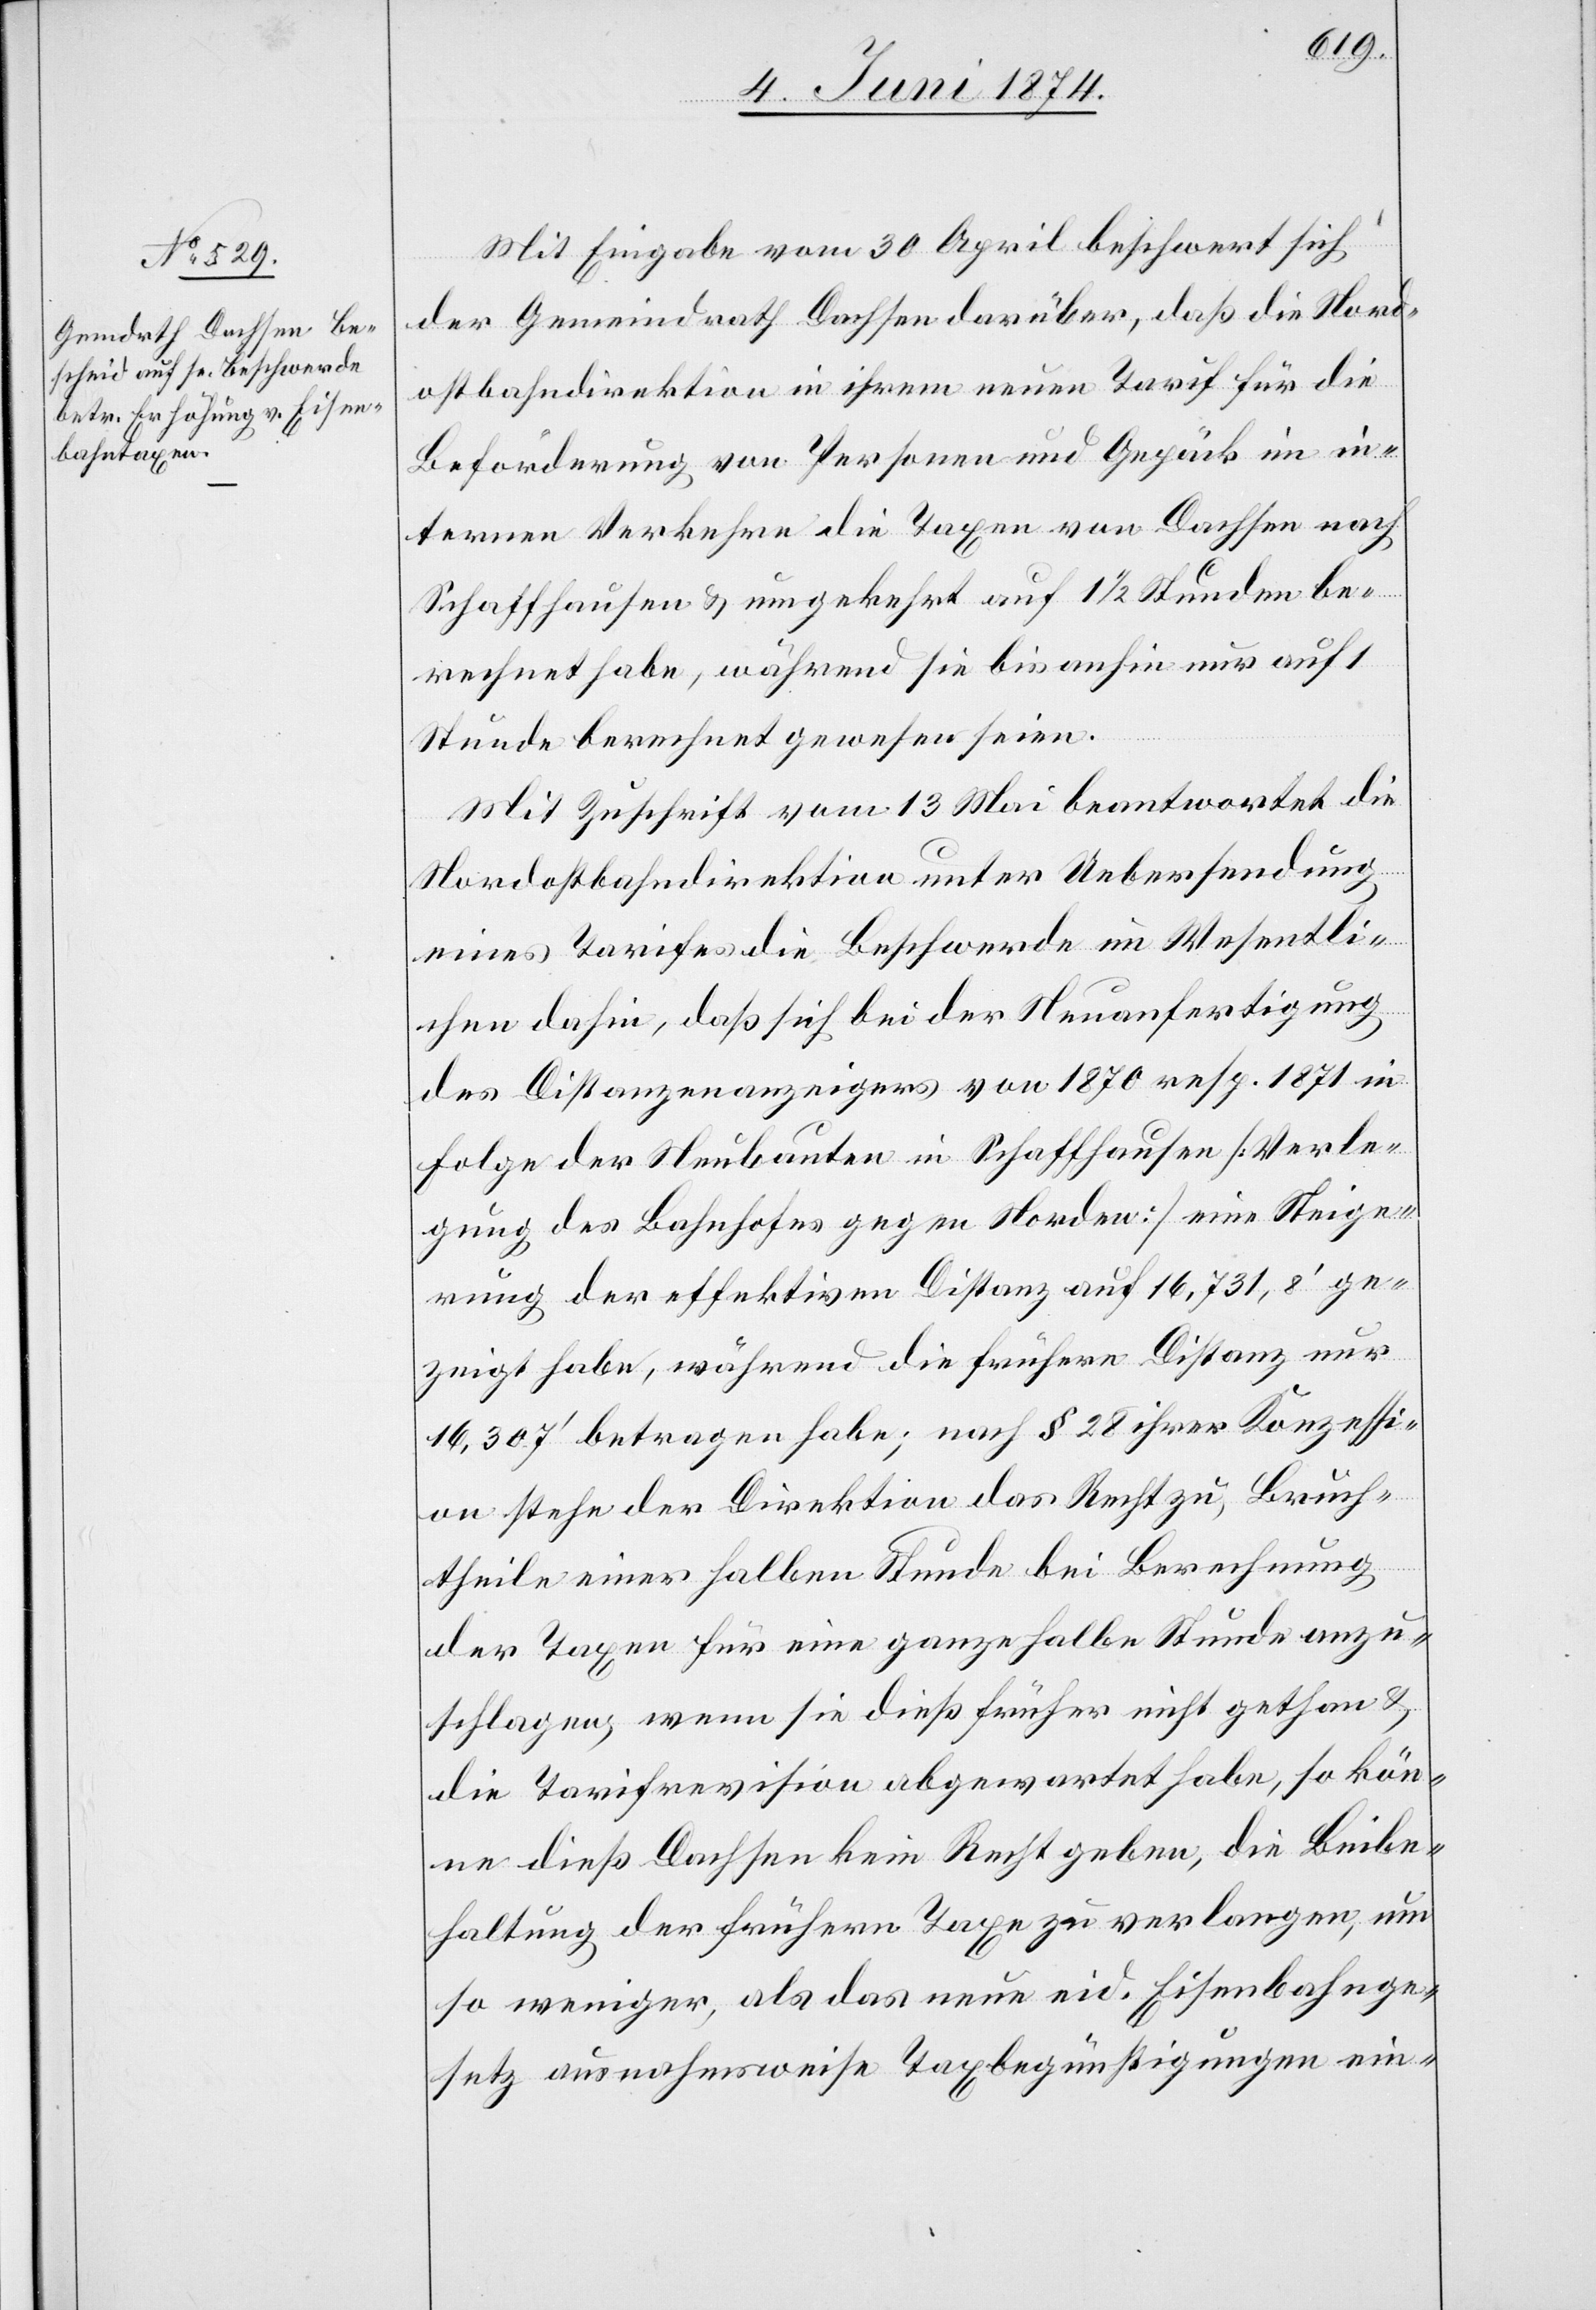
Mit Eingabe vom 30. April beschwert sich
der Gemeindrath Dachsen darüber, daß die Nord¬
ostbahndirektion in ihrem neuen Tarif für die
Beförderung von Personen und Gepäck im in¬
ternen Verkehre die Taxen von Dachsen nach
Schaffhausen u. umgekehrt auf 1 1/2 Stunden be¬
rechnet habe, während sie bis anhin nur auf 1
Stunde berechnet gewesen seien.
Mit Zuschrift vom 13. Mai beantwortet die
Nordostbahndirektion unter Uebersendung
eines Tarifes die Beschwerde im Wesentli¬
chen dahin, daß sich bei der Neuanfertigung
des Distanzenanzeigers von 1870 resp. 1871 in
Folge der Neubauten in Schaffhausen [Verle¬
gung des Bahnhofes gegen Norden] eine Steige¬
rung der effektiven Distanz auf 16,731.8‘ ge¬
zeigt habe, während die frühere Distanz nur
16,307‘ betragen habe; nach § 28 ihrer Konzessi¬
on stehe der Direktion das Recht zu, Bruch¬
theile einer halben Stunde bei Berechnung
der Taxen für eine ganze halbe Stunde anzu¬
schlagen; wenn sie dieß früher nicht gethan u.
die Tarifrevision abgewartet habe, so kön¬
ne dieß Dachsen kein Recht geben, die Beibe¬
haltung der frühern Taxe zu verlangen, um
so weniger, als das neue eid. Eisenbahnge¬
setz ausnahmsweise Taxbegünstigungen ein-